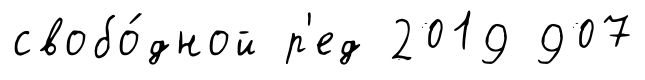
свобо́дной р'ед 2019 907